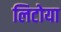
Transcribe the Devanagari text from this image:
लिटोया